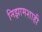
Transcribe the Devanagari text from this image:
निझामशाही